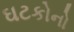
ઘટકોનો